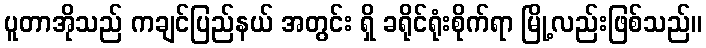
ပူတာအိုသည် ကချင်ပြည်နယ် အတွင်း ရှိ ခရိုင်ရုံးစိုက်ရာ မြို့လည်းဖြစ်သည်။